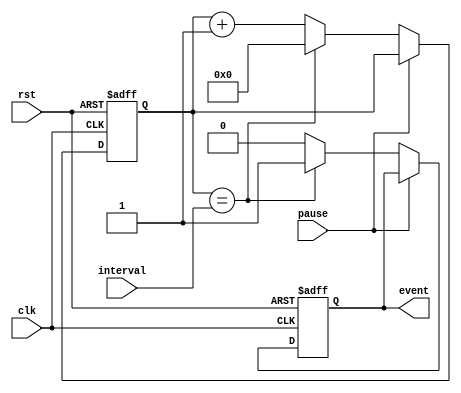
module event_timer (
  input wire clk, // clock input
  input wire rst, // reset input
  input wire pause, // pause input
  input wire [15:0] interval, // configurable time interval input
  output reg event // event output
);

reg [15:0] count; // internal counter

// always block to generate events based on time intervals
always @ (posedge clk or posedge rst) begin
  if (rst) begin
    count <= 0;
    event <= 0;
  end else if (pause) begin
    // do nothing when paused
  end else begin
    if (count == interval) begin
      count <= 0;
      event <= 1;
    end else begin
      count <= count + 1;
      event <= 0;
    end
  end
end

endmodule